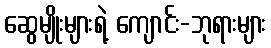
ဆွေမျိုးများရဲ့ ကျောင်း-ဘုရားများ